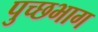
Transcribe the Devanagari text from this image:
पुच्छभाग